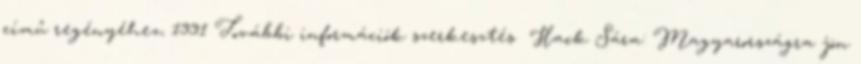
című regényéhez, 1991 További információk szerkesztés Hack Sára: Magyarországra jön